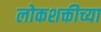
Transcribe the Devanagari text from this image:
लोकशक्तीच्या